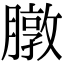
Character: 㬿